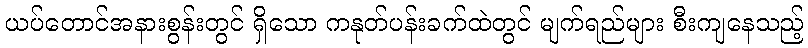
ယပ်တောင်အနားစွန်းတွင် ရှိသော ကနုတ်ပန်းခက်ထဲတွင် မျက်ရည်များ စီးကျနေသည့်